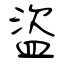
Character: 盜